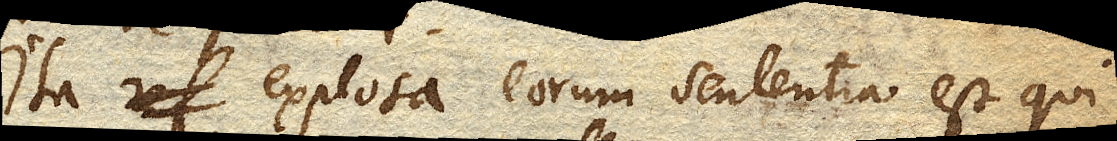
Ita explosa eorum sententia est qui